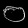
Digit: ၀